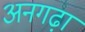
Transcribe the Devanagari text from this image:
अनगढ़ा